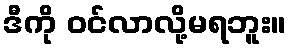
ဒီကို ဝင်လာလို့မရဘူး။